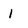
Character: l